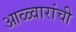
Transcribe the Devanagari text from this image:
आळ्वारांची